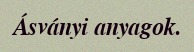
Ásványi anyagok.